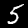
Digit: 5